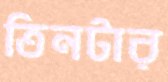
তিনটার